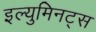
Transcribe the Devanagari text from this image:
इल्युमिनट्स